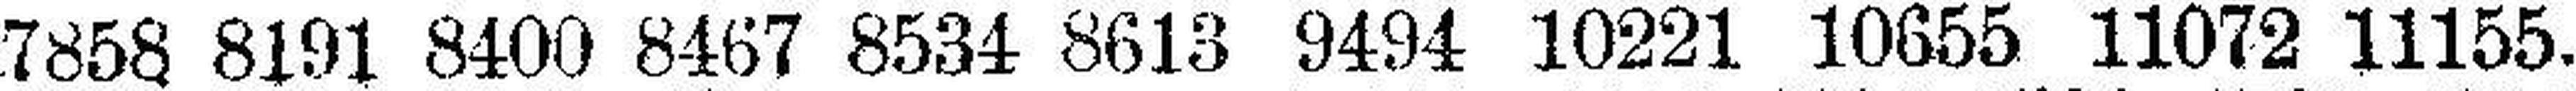
7858 8191 8400 8467 8534 8613 9494 10221 10655 11072 11155.